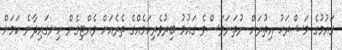
ގައުމުގެ މަޝްރަޙު އިތުރަށް ނުތަނަވަސްވެ ގައުމު ބިރުވެރިކަމެއްގެ ތެރެއަށް ވެއްޓިގެން ހިނގައިދާނެ ކަމަށް